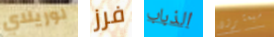
لوريلاي فرز الذباب سيعثرون